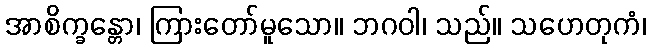
အာစိက္ခန္တော၊ ကြားတော်မူသော။ ဘဂဝါ၊ သည်။ သဟေတုကံ၊